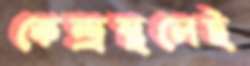
কেন্দ্রস্থলেই